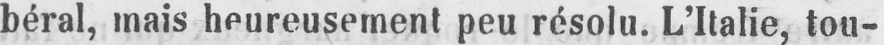
béral, mais heureusement peu résolu. L’Italie, tou-